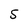
Character: 5